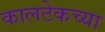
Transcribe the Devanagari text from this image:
कालटेकच्या